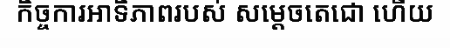
កិច្ចការអាទិភាពរបស់ សម្តេចតេជោ ហើយ